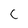
Character: c